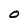
Character: O